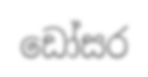
ඩෝසර